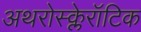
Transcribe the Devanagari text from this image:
अथरोस्क्लेरॉटिक